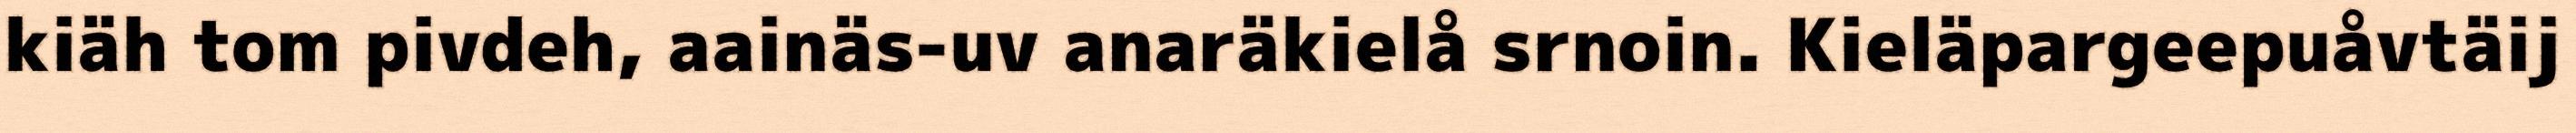
kiäh tom pivdeh, aainäs-uv anaräkielå srnoin. Kieläpargeepuåvtäij